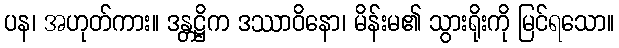
ပန၊ အဟုတ်ကား။ ဒန္တဋ္ဌိက ဒဿာဝိနော၊ မိန်းမ၏ သွားရိုးကို မြင်ရသော။